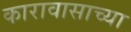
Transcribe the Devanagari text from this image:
कारावासाच्या